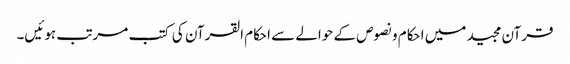
قرآن مجید میں احکام و نصوص کے حوالے سے احکام القرآن کی کتب مرتب ہوئیں۔